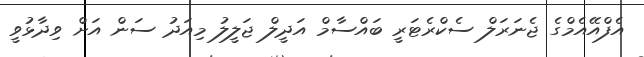
އެފްއޭއެމްގެ ޖެނަރަލް ސެކްރެޓަރީ ބައްސާމް އަދީލް ޖަލީލު މިއަދު ސަން އަށް ވިދާޅުވީ